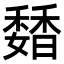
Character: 𩡊